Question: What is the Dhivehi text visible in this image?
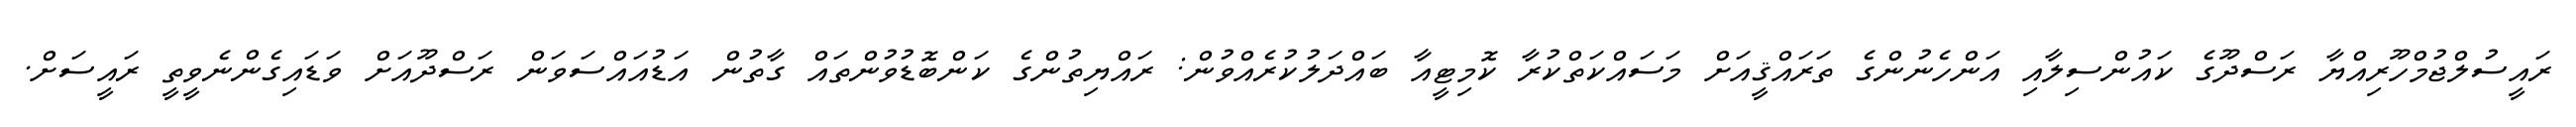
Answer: ރައީސުލްޖުމްހޫރިއްޔާ ރަސްދޫގެ ކައުންސިލާއި އަންހެނުންގެ ތަރައްޤީއަށް މަސައްކަތްކުރާ ކޮމިޓީއާ ބައްދަލުކުރެއްވުން: ރައްޔިތުންގެ ކަންބޮޑުވުންތައް ގާތުން އަޑުއައްސަވަން ރަސްދޫއަށް ވަޑައިގެންނެވީތީ ރައީސަށް.